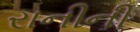
રાનીની